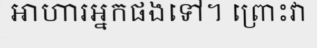
អាហារអ្នកផងទៅ។ ព្រោះវា